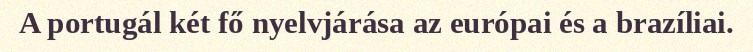
A portugál két fő nyelvjárása az európai és a brazíliai.